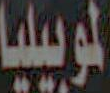
لموبيليا